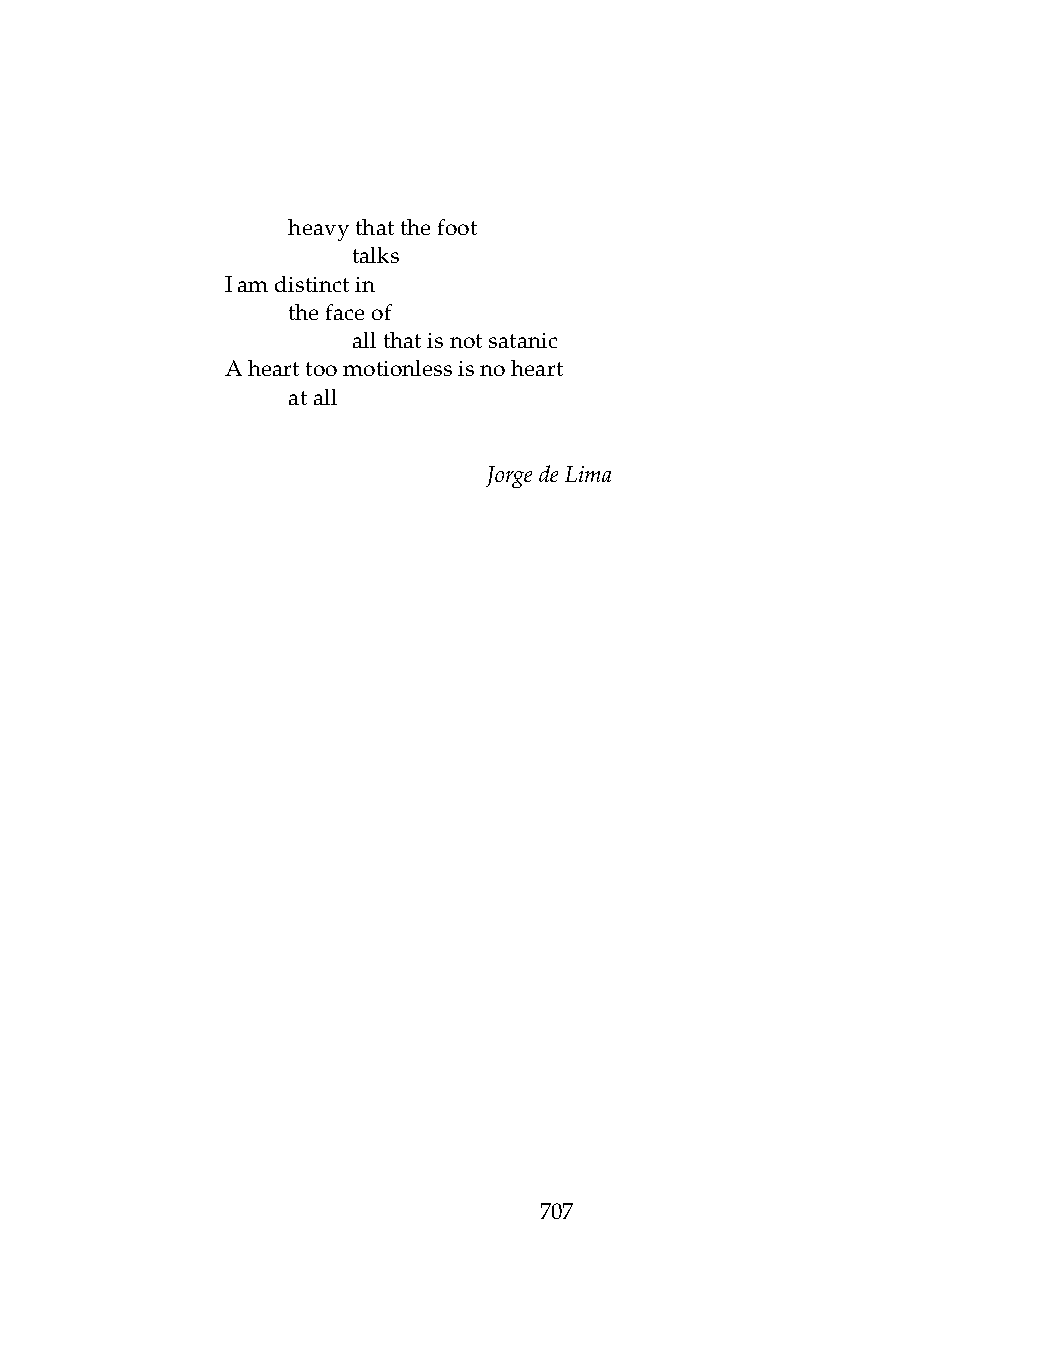
.   heavythatthefoot
 .   .   talks
 Iamdistinctin
 .   thefaceof
 .   .   allthatisnotsatanic
 Ahearttoomotionlessisnoheart
 .   atall
 JorgedeLima
 707